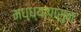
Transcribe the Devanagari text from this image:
मध्ध्यापासुन